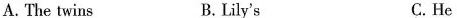
A. The twins B.Lily's C. He